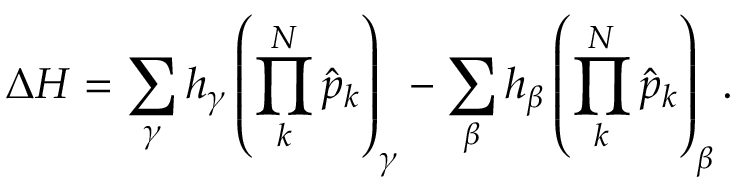
\Delta H = \sum _ { \gamma } h _ { \gamma } \left( \prod _ { k } ^ { N } \hat { p } _ { k } \right) _ { \gamma } - \sum _ { \beta } h _ { \beta } \left( \prod _ { k } ^ { N } \hat { p } _ { k } \right) _ { \beta } .